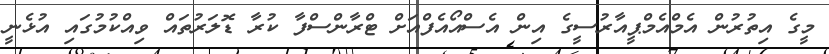
މީގެ އިތުރުން އެމްއެމްޕީއާރުސީގެ އިން އެސްއޯއެފްއަށް ޓްރާންސްފާ ކުރާ ޑޮލަރުތައް ވިއްކުމުގައި އުޅެނީ